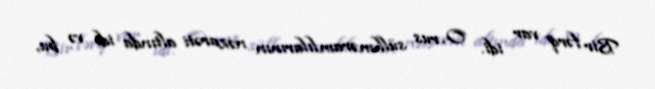
Bir fərq var idi. O, rus sülhməramlılarının nəzarəti altında idi və bu,